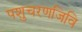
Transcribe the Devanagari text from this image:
पशुचरणजिवि